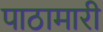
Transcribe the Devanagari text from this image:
पाठामारी